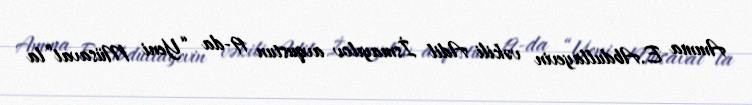
Amma E.Abdullayevin vəkili Adil İsmayılov avqustun 19-da “Yeni Müsavat”la